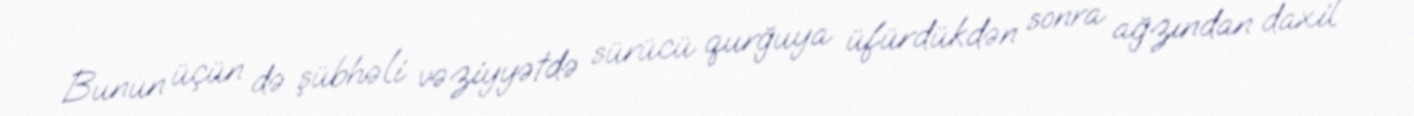
Bunun üçün də şübhəli vəziyyətdə sürücü qurğuya üfürdükdən sonra ağzından daxil